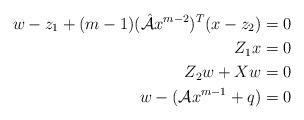
LaTeX: \begin{align*}w-z_1+(m-1)(\hat{\mathcal{A}}x^{m-2})^T(x-z_2)=0 \\ Z_1x=0\\ Z_2w+Xw=0\\ w-(\mathcal{A}x^{m-1} + q)=0\\ \end{align*}